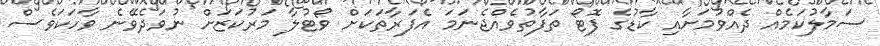
ސަމާލުކަމެއް ދެއްވުމަށާއި ކާޑުގެ ފޮޓޯ ތަފާތުވެއްޖެނަމަ އެފަރާތަކަށް ވޯޓުލާ މަރުކަޒަށް ނުވަދެވޭނެ ވާހަކަވެސް